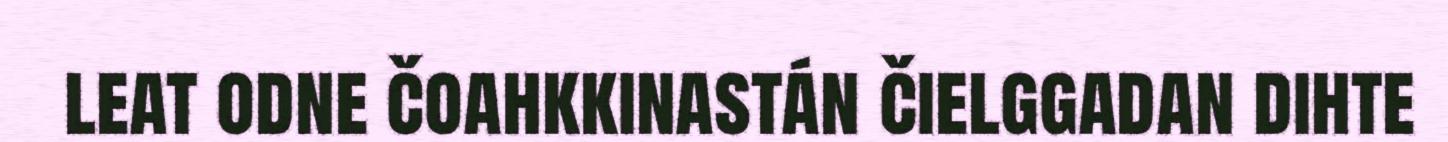
leat odne čoahkkinastán čielggadan dihte